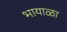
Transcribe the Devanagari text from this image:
भायाळा